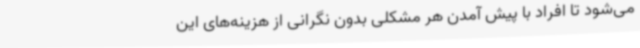
می‌شود تا افراد با پیش آمدن هر مشکلی بدون نگرانی از هزینه‌های این